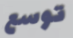
توسع